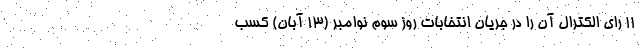
۱۱ رای الکترال آن را در جریان انتخابات روز سوم نوامبر (۱۳ آبان) کسب